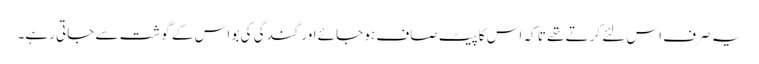
یہ صرف اس لئے کرتے تھے تا کہ اس کا پیٹ صاف ہو جائے اور گندگی کی بو اس کے گوشت سے جاتی رہے۔